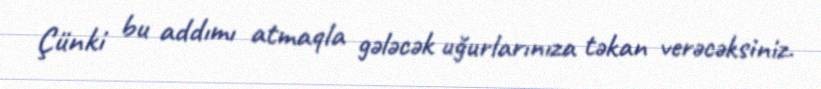
Çünki bu addımı atmaqla gələcək uğurlarınıza təkan verəcəksiniz.